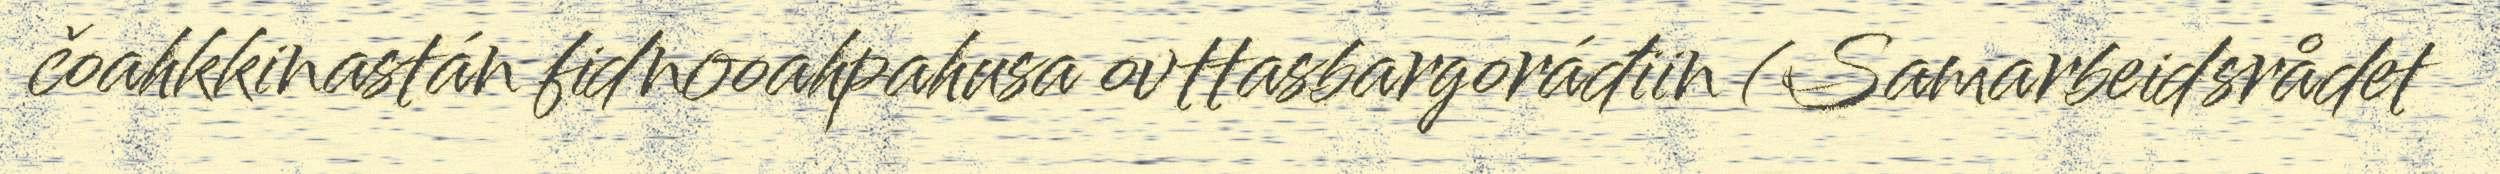
čoahkkinastán fidnooahpahusa ovttasbargoráđiin (Samarbeidsrådet